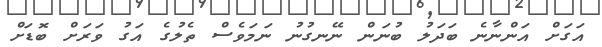
އަގަށް އަންނާނެ ބަދަލު ބުނަން ނޭނގުނު ނަމަވެސް ތެލުގެ އަގު ވަރަށް ބޮޑަށް